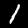
Label: 1